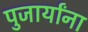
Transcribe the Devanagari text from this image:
पुजार्यांना